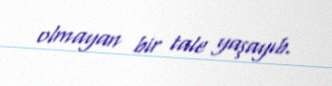
olmayan bir tale yaşayıb.